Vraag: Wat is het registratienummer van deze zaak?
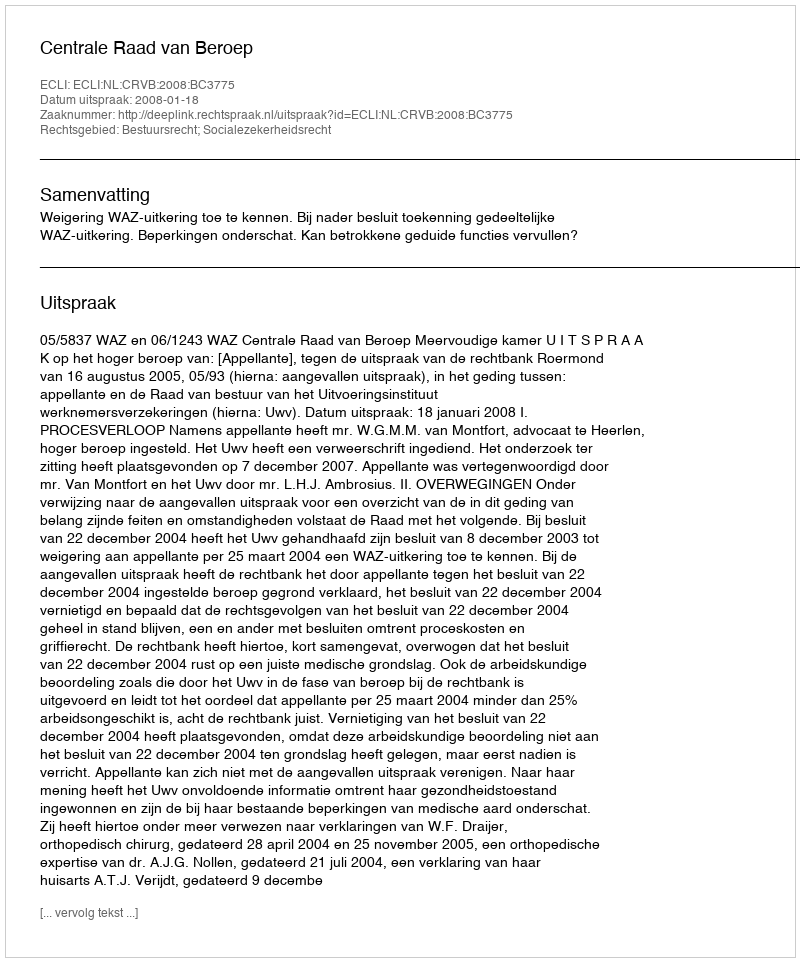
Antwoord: http://deeplink.rechtspraak.nl/uitspraak?id=ECLI:NL:CRVB:2008:BC3775